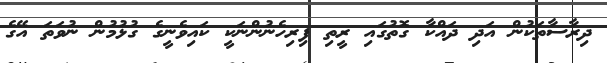
ދިރާސާތަކުން އަދި ދައްކާ ގޮތުގައި ރީތި ފިރިހެނުންނަކީ ކައިވެނީގެ ގުޅުމުން ނުވަތަ އޭގެ